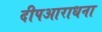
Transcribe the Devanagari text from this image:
दीपआराधना